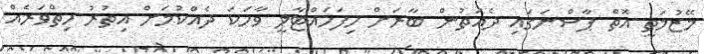
މޭޒުމަތީ އޮތް ޕާސްނަގައި ދެއަތުން ބާރަށް ހިފަހައްޓާލީ ވާހަކަ ދެއްކުމަށް އިތުރު ހިތްވަރެއް